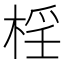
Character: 𣓆